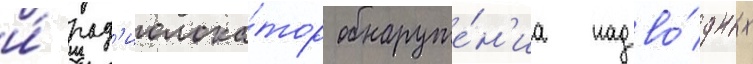
и́ рад'иолока́тор обнаруже́н'иа надво́дных